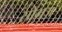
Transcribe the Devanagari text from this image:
सोमज